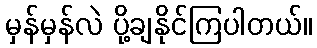
မှန်မှန်လဲ ပို့ချနိုင်ကြပါတယ်။